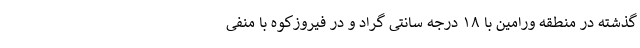
گذشته در منطقه ورامین با ۱۸ درجه سانتی گراد و در فیروزکوه با منفی